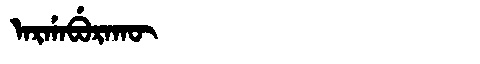
Manchu: ᠠᡵᡤᠠᠪᡠᡵᠠᡴᡡ
Romanization: ARGABURAKŪ